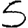
Digit: 5